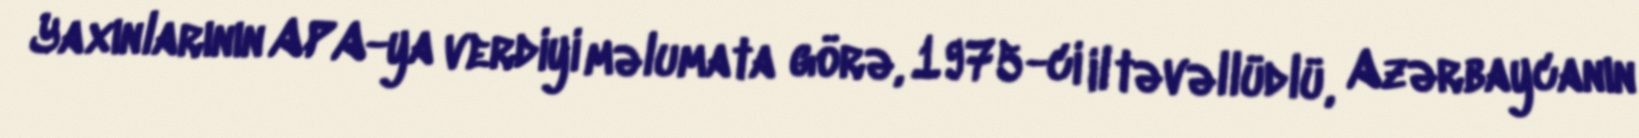
Yaxınlarının APA-ya verdiyi məlumata görə, 1975-ci il təvəllüdlü, Azərbaycanın